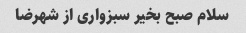
سلام صبح بخیر سبزواری از شهرضا